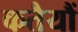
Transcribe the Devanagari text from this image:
कतैयौं